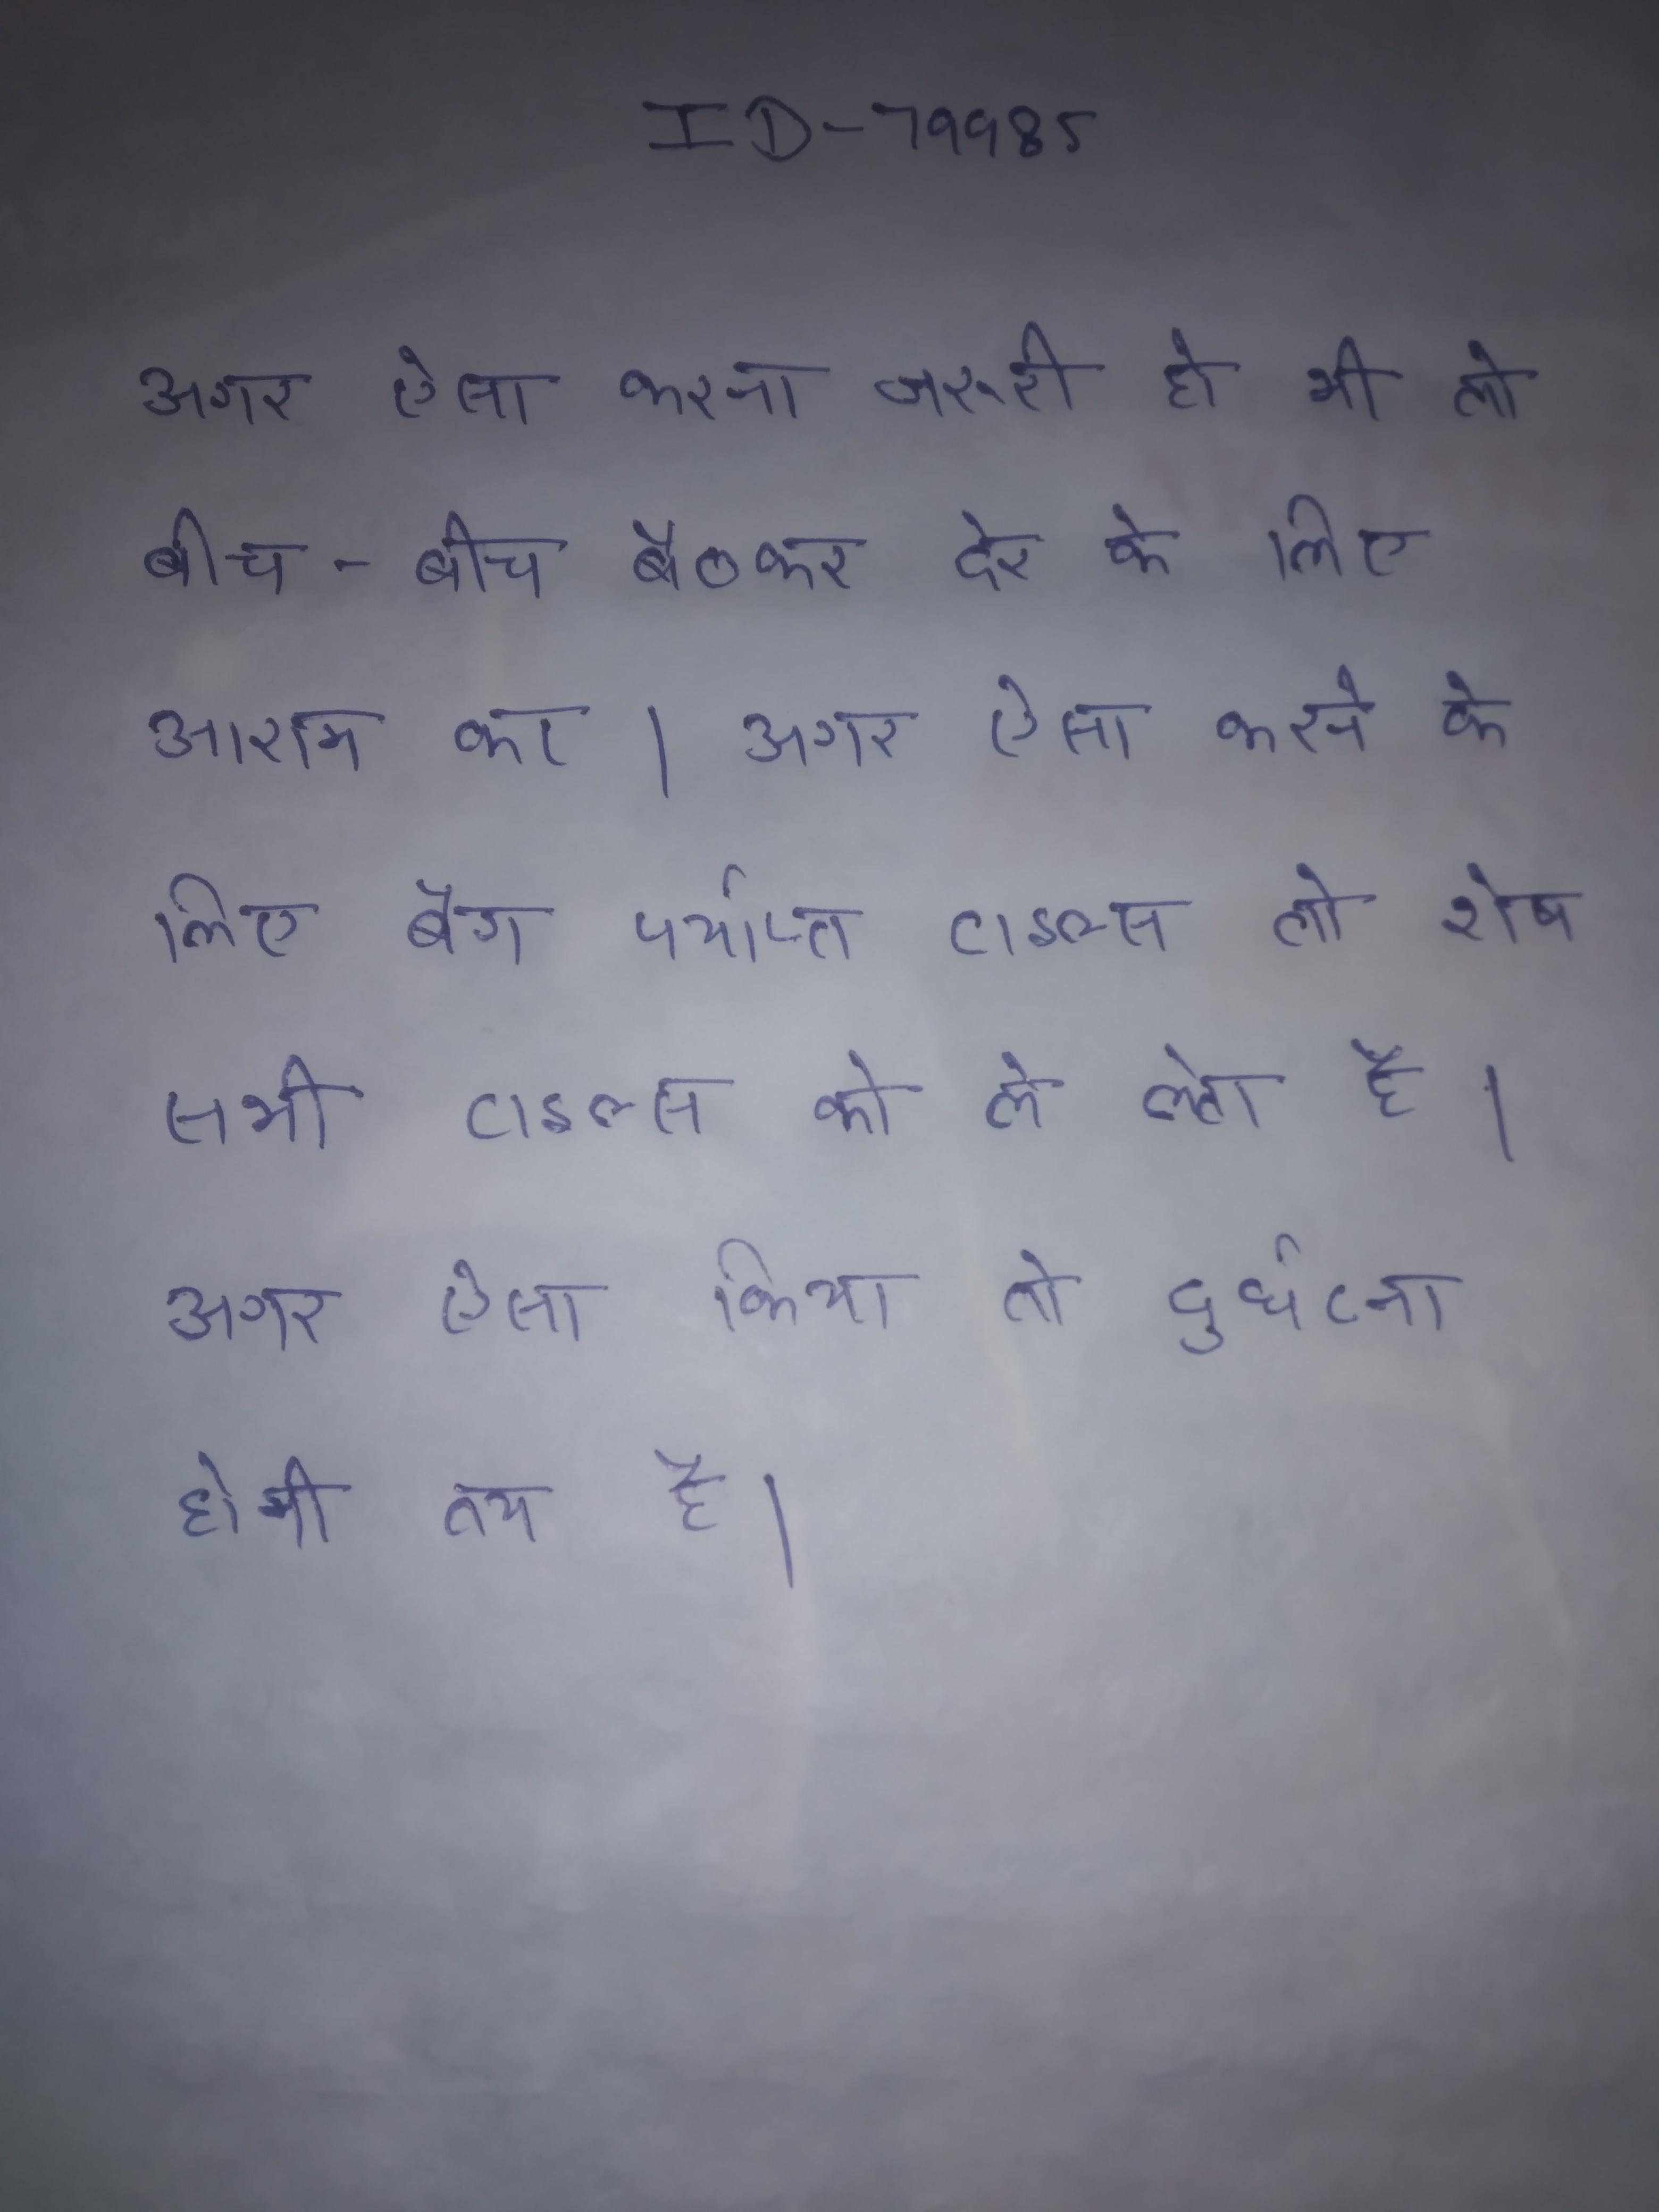
अगर ऐसा करना जरूरी हो भी तो बीच-बीच बैठकर देर के लिए आराम कर । अगर ऐसा करने के लिए बैग पर्याप्त टाइल्स तो शेष सभी टाइल्स को ले लेता है । अगर ऐसा तो का अर्थ बनता है । अगर ऐसा किया तो दुर्घटना होनी तय है ।